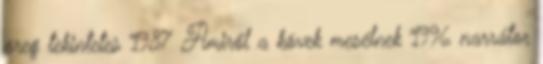
öreg tekintetes 1987 Amiről a kövek mesélnek 1996 narrátor